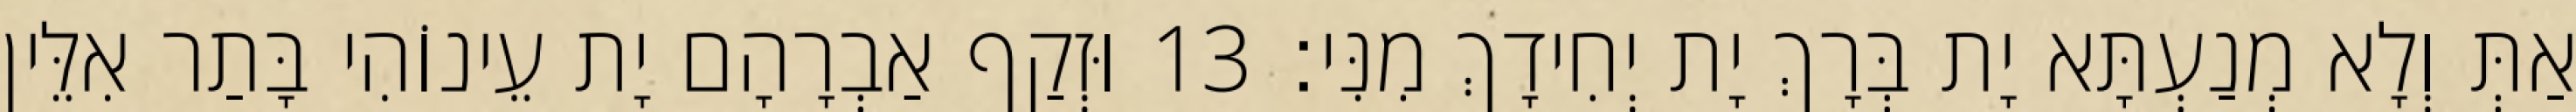
אַתְּ וְלָא מְנַעְתָּא יָת בְּרָךְ יָת יְחִידָךְ מִנִּי׃ 13 וּזְקַף אַבְרָהָם יָת עֵינוֹהִי בָּתַר אִלֵּין